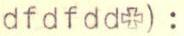
dfdfdd+) :